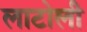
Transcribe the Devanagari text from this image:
लाटोली